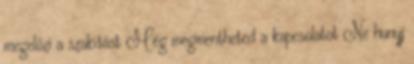
megelőzi a szakítást Még megmentheted a kapcsolatot Ne hunyj